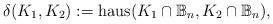
LaTeX: \begin{align*}\delta(K_1,K_2) := {\rm haus}(K_1\cap {\mathbb B}_n,K_2 \cap {\mathbb B}_n),\end{align*}